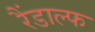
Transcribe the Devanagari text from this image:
रैंडाल्फ